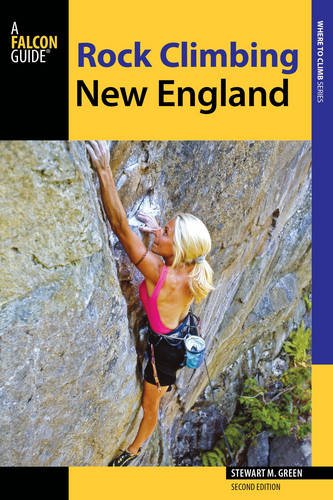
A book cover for Rock Climbing New England: A Guide to More Than 900 Routes (Regional Rock Climbing Series); Stewart M. Green; Sports & Outdoors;